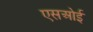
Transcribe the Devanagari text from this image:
एसओई